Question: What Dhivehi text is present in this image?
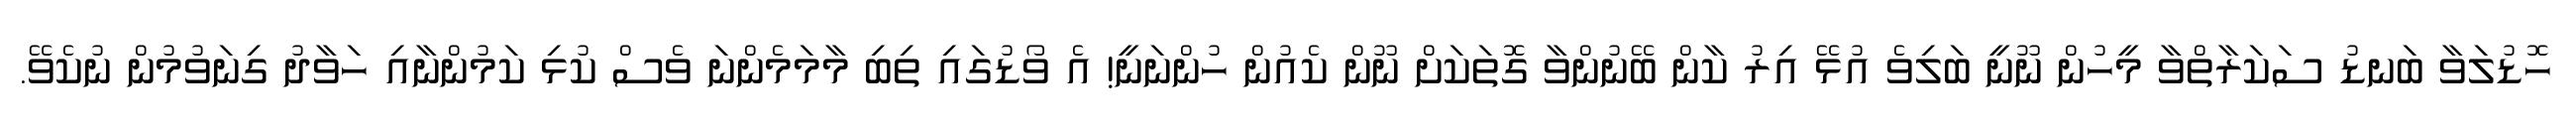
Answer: ހޮޑުލަވާ ބަނޑު ސަކަރާތްވާ މީހުން ނޫނީ ބަލިވެ އުޅޭ އިރު ކާން ބޭނުންވާ ގޮތަކަށް ނޫން ކެއުން ހުންނަނީ! އެ ވޯޑުގައި ތިބި މާމަމެންނަ ވެސް ކުޅި ކަމުންނާއި ހަވާދު ގިނަވުމުން ނުކެވޭ.